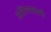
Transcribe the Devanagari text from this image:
अतिपरासारी